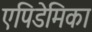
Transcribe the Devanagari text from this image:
एपिडेमिका